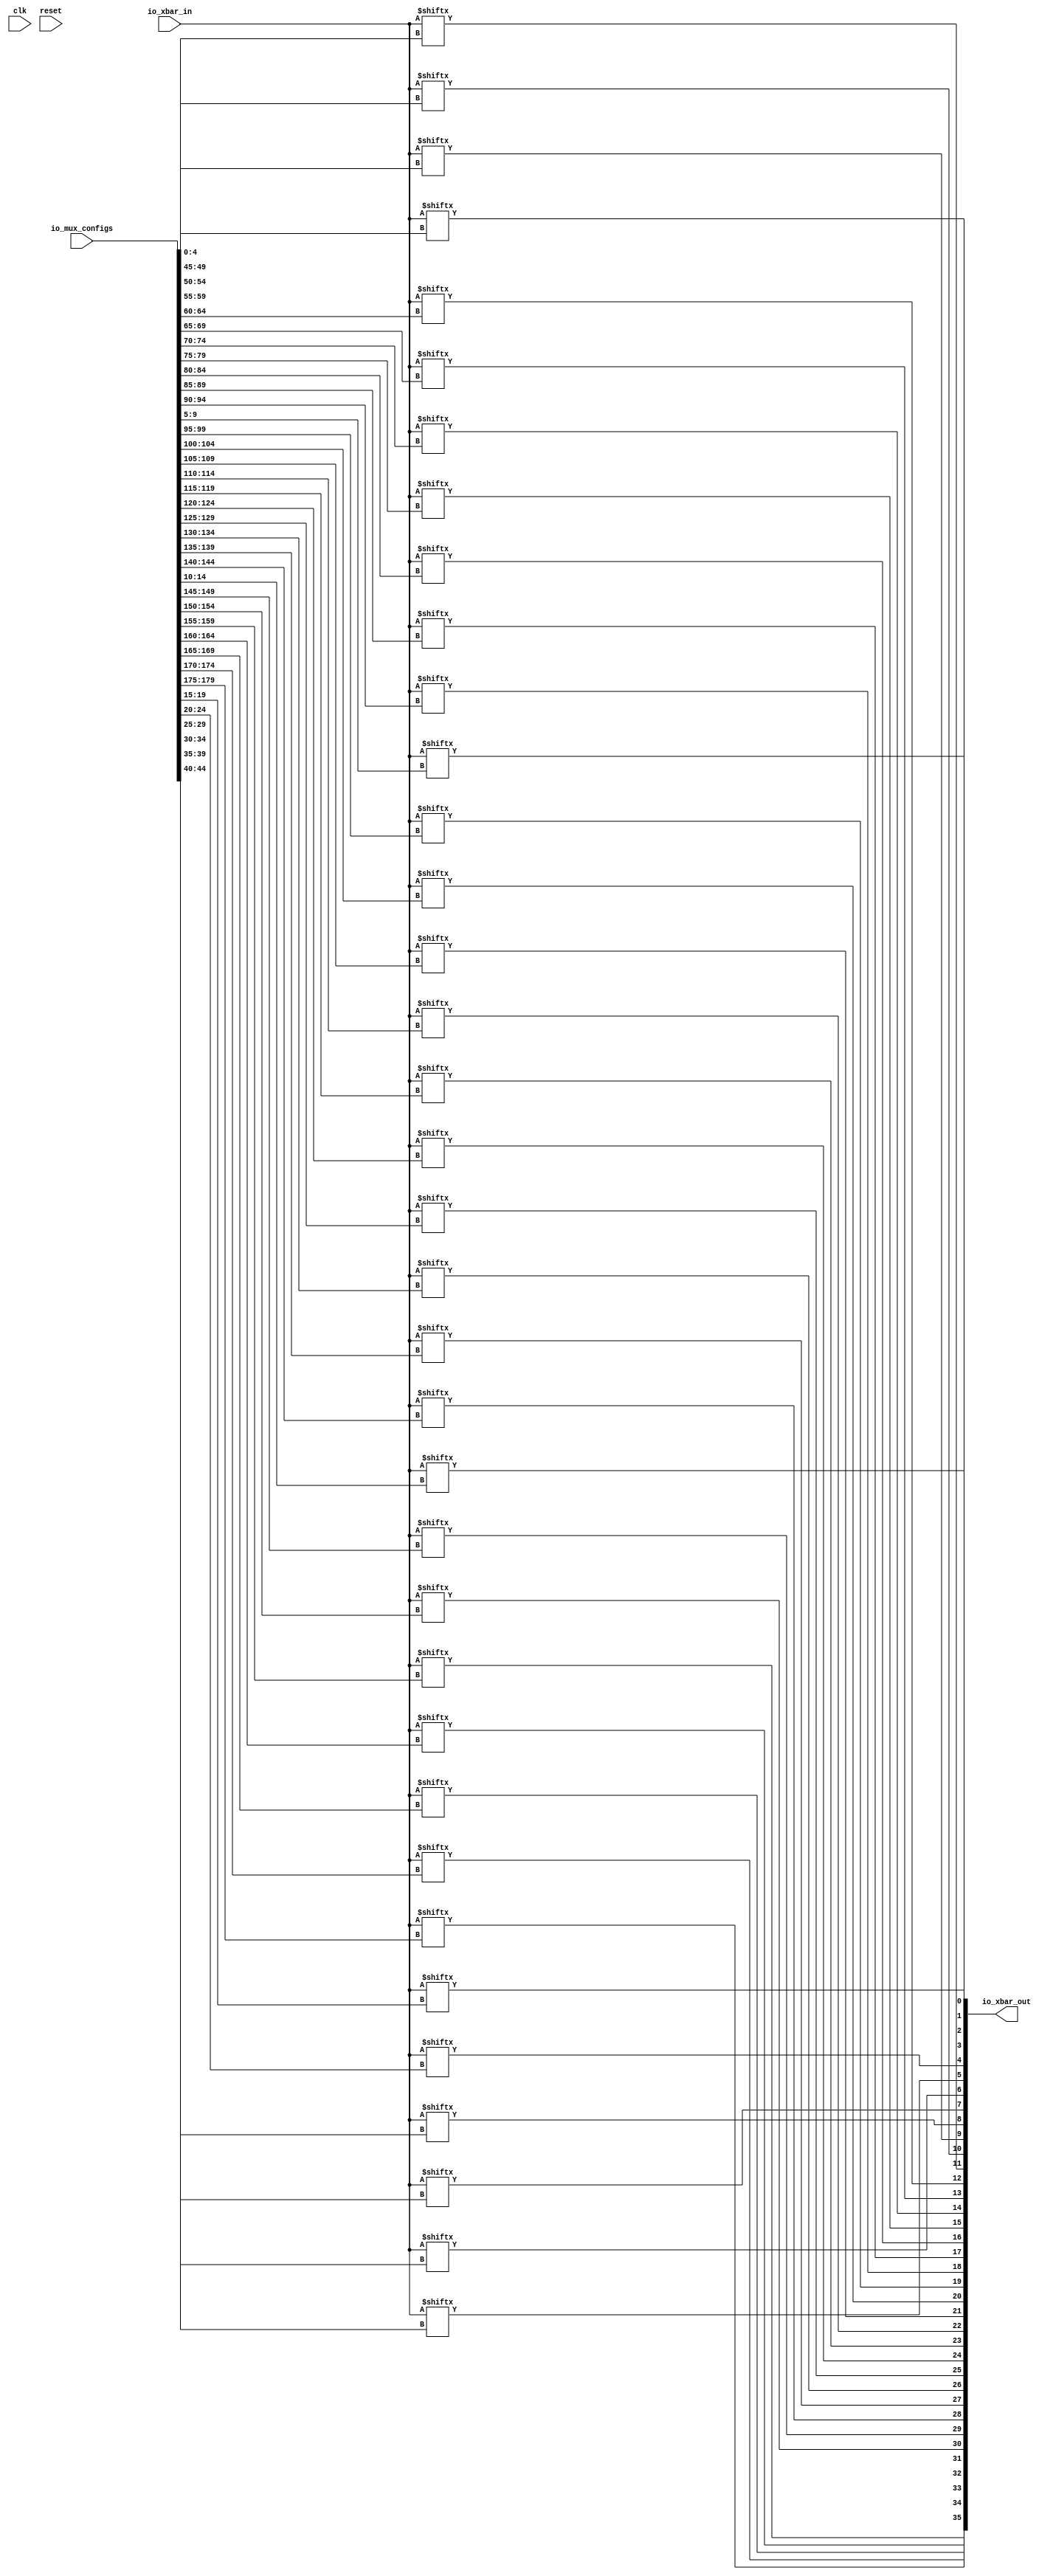
module xbar(input clk, input reset,
    input [26:0] io_xbar_in,
    output [35:0] io_xbar_out,
    input [179:0] io_mux_configs);

    assign io_xbar_out[0] = io_xbar_in[io_mux_configs[4:0]];
    assign io_xbar_out[1] = io_xbar_in[io_mux_configs[9:5]];
    assign io_xbar_out[2] = io_xbar_in[io_mux_configs[14:10]];
    assign io_xbar_out[3] = io_xbar_in[io_mux_configs[19:15]];
    assign io_xbar_out[4] = io_xbar_in[io_mux_configs[24:20]];
    assign io_xbar_out[5] = io_xbar_in[io_mux_configs[29:25]];
    assign io_xbar_out[6] = io_xbar_in[io_mux_configs[34:30]];
    assign io_xbar_out[7] = io_xbar_in[io_mux_configs[39:35]];
    assign io_xbar_out[8] = io_xbar_in[io_mux_configs[44:40]];
    assign io_xbar_out[9] = io_xbar_in[io_mux_configs[49:45]];
    assign io_xbar_out[10] = io_xbar_in[io_mux_configs[54:50]];
    assign io_xbar_out[11] = io_xbar_in[io_mux_configs[59:55]];
    assign io_xbar_out[12] = io_xbar_in[io_mux_configs[64:60]];
    assign io_xbar_out[13] = io_xbar_in[io_mux_configs[69:65]];
    assign io_xbar_out[14] = io_xbar_in[io_mux_configs[74:70]];
    assign io_xbar_out[15] = io_xbar_in[io_mux_configs[79:75]];
    assign io_xbar_out[16] = io_xbar_in[io_mux_configs[84:80]];
    assign io_xbar_out[17] = io_xbar_in[io_mux_configs[89:85]];
    assign io_xbar_out[18] = io_xbar_in[io_mux_configs[94:90]];
    assign io_xbar_out[19] = io_xbar_in[io_mux_configs[99:95]];
    assign io_xbar_out[20] = io_xbar_in[io_mux_configs[104:100]];
    assign io_xbar_out[21] = io_xbar_in[io_mux_configs[109:105]];
    assign io_xbar_out[22] = io_xbar_in[io_mux_configs[114:110]];
    assign io_xbar_out[23] = io_xbar_in[io_mux_configs[119:115]];
    assign io_xbar_out[24] = io_xbar_in[io_mux_configs[124:120]];
    assign io_xbar_out[25] = io_xbar_in[io_mux_configs[129:125]];
    assign io_xbar_out[26] = io_xbar_in[io_mux_configs[134:130]];
    assign io_xbar_out[27] = io_xbar_in[io_mux_configs[139:135]];
    assign io_xbar_out[28] = io_xbar_in[io_mux_configs[144:140]];
    assign io_xbar_out[29] = io_xbar_in[io_mux_configs[149:145]];
    assign io_xbar_out[30] = io_xbar_in[io_mux_configs[154:150]];
    assign io_xbar_out[31] = io_xbar_in[io_mux_configs[159:155]];
    assign io_xbar_out[32] = io_xbar_in[io_mux_configs[164:160]];
    assign io_xbar_out[33] = io_xbar_in[io_mux_configs[169:165]];
    assign io_xbar_out[34] = io_xbar_in[io_mux_configs[174:170]];
    assign io_xbar_out[35] = io_xbar_in[io_mux_configs[179:175]];

endmodule